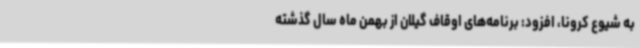
به شیوع کرونا، افزود: برنامه‌های اوقاف گیلان از بهمن ماه سال گذشته